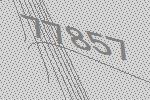
77857